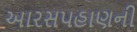
આરસપહાણની